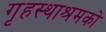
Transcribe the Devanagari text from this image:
गृहस्थाश्रमको